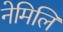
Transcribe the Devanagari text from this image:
नेमिलि